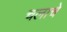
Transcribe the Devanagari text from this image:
चलाचे